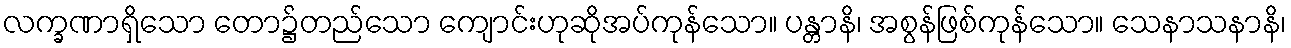
လက္ခဏာရှိသော တော၌တည်သော ကျောင်းဟုဆိုအပ်ကုန်သော။ ပန္တာနိ၊ အစွန်ဖြစ်ကုန်သော။ သေနာသနာနိ၊